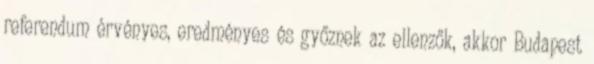
referendum érvényes, eredményes és győznek az ellenzők, akkor Budapest